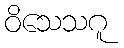
ဝိသေသဂူ